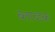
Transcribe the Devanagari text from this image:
ब्लाव्डक